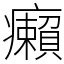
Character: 癩